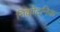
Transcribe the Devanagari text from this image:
निकोटनिक